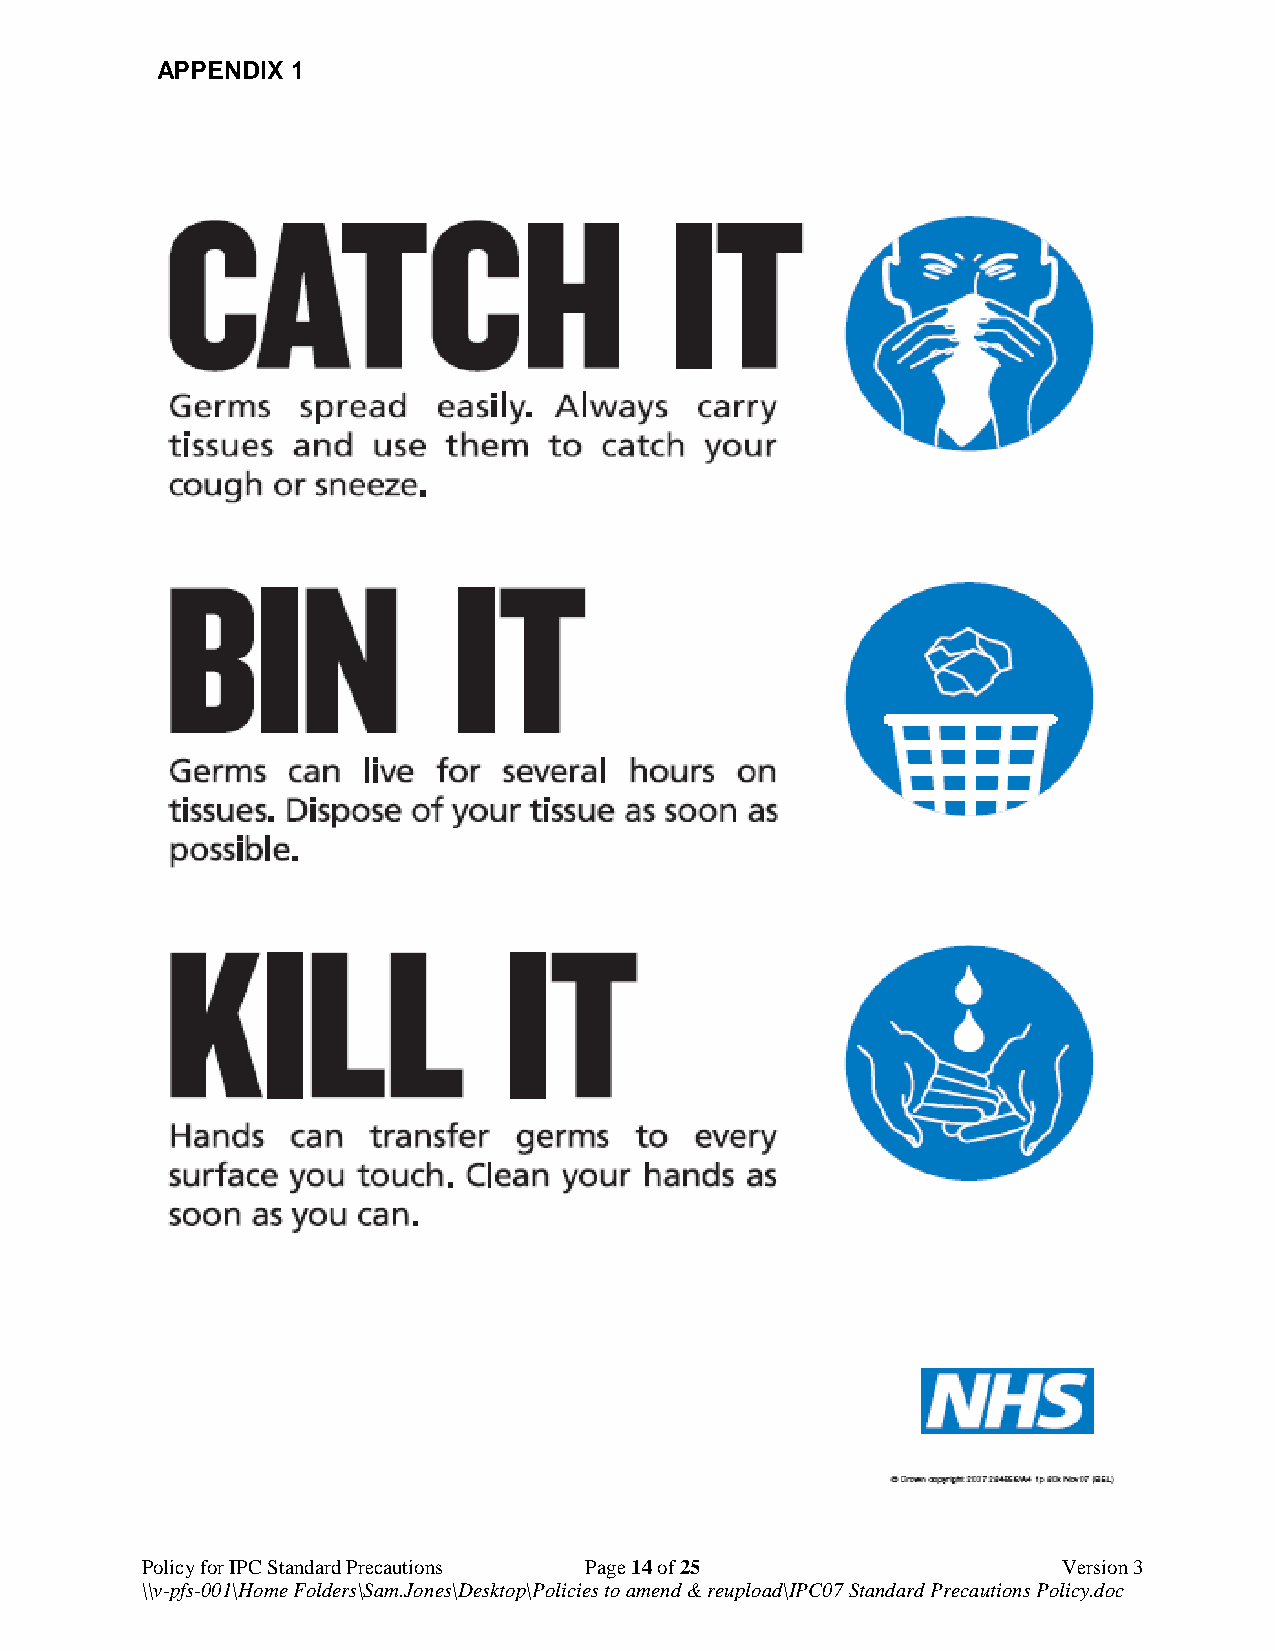
APPENDIX 1
 Appendix 1
 Policy for IPC Standard Precautions Page 14 of 25            Version 3
 \\v-pfs-001\Home Folders\Sam.Jones\Desktop\Policies to amend & reupload\IPC07 Standard Precautions Policy.doc